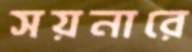
সয়নারে